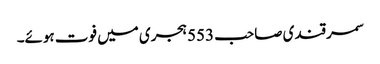
سمرقندی صاحب 553 ہجری میں فوت ہوئے۔